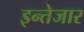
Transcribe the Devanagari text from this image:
इन्तेजार